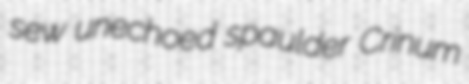
sew unechoed spaulder Crinum